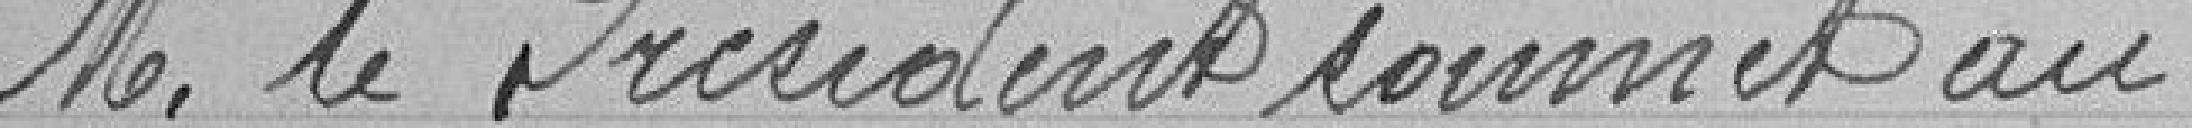
Monsieur le Président soumet au